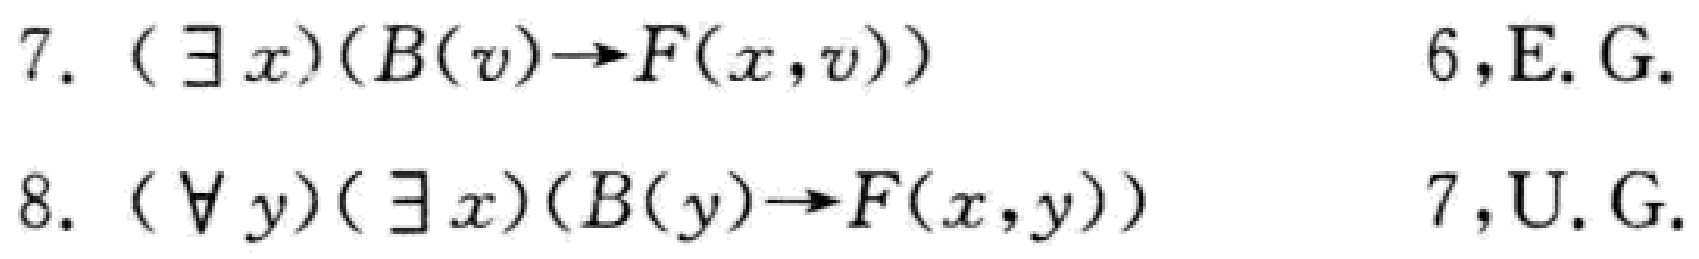
7. $(\exists x)(B(v)\to F(x,v))\quad 6,\text{E.G.}$
8. $(\forall y)(\exists x)(B(y)\to F(x,y))\quad 7,\text{U.G.}$